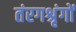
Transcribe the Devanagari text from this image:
तंरगश्रृंगों